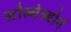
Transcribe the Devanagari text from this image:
सोल्वेस्बोर्ग